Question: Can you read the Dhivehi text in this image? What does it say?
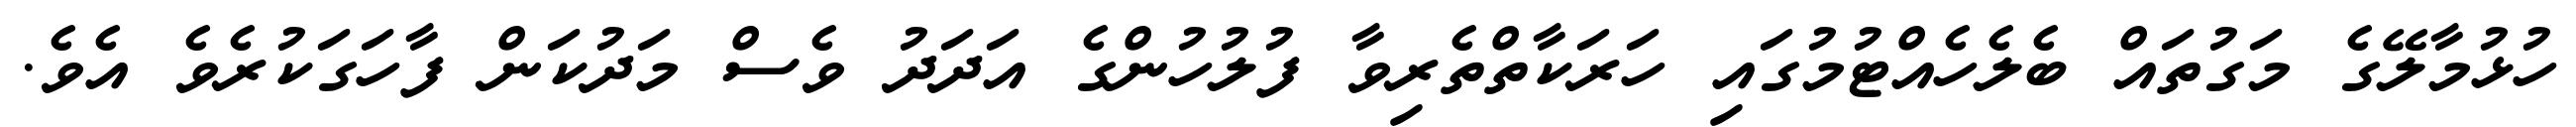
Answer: ހުޅުމާލޭގެ މަގުތައް ބެލެހެއްޓުމުގައި ހަރަކާތްތެރިވާ ފުލުހުންގެ އަދަދު ވެސް މަދުކަން ފާހަގަކުރެވެ އެވެ.